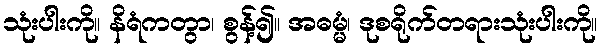
သုံးပါးကို။ နိရံကတွာ၊ စွန့်၍။ အဓမ္မံ၊ ဒုစရိုက်တရားသုံးပါးကို။